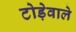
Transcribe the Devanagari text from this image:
टोड़ेवाले